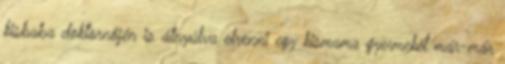
kisbaba doktornőjén is átnyúlva elvenni egy kismama gyermekét már-már